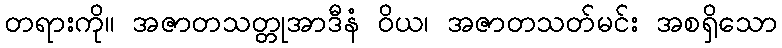
တရားကို။ အဇာတသတ္တုအာဒီနံ ဝိယ၊ အဇာတသတ်မင်း အစရှိသော